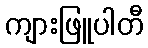
ကျားဖြူပါတီ